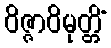
ဝိဇ္ဇာဝိမုတ္တိံ